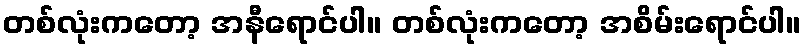
တစ်လုံးကတော့ အနီရောင်ပါ။ တစ်လုံးကတော့ အစိမ်းရောင်ပါ။